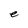
Character: e